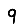
Digit: 9